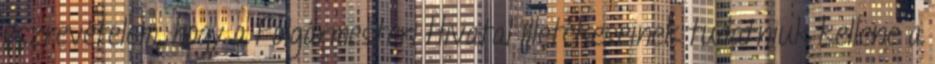
észrevételem, hogy a Polgármesteri Hivatal illetékeseinek tudatniuk kellene a